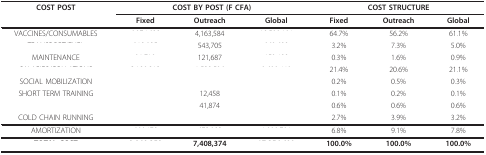
<table><thead><tr><td><b>COST POST</b></td><td colspan="3"><b>COST BY POST (F CFA)</b></td><td colspan="3"><b>COST STRUCTURE</b></td></tr><tr><td>[EMPTY_CELL]</td><td><b>Fixed</b></td><td><b>Outreach</b></td><td><b>Global</b></td><td><b>Fixed</b></td><td><b>Outreach</b></td><td><b>Global</b></td></tr></thead><tbody><tr><td>VACCINES/CONSUMABLES</td><td>[EMPTY_CELL]</td><td>4,163,584</td><td>[EMPTY_CELL]</td><td>64.7%</td><td>56.2%</td><td>61.1%</td></tr><tr><td>[EMPTY_CELL]</td><td>[EMPTY_CELL]</td><td>543,705</td><td>[EMPTY_CELL]</td><td>3.2%</td><td>7.3%</td><td>5.0%</td></tr><tr><td>MAINTENANCE</td><td>[EMPTY_CELL]</td><td>121,687</td><td>[EMPTY_CELL]</td><td>0.3%</td><td>1.6%</td><td>0.9%</td></tr><tr><td>[EMPTY_CELL]</td><td>[EMPTY_CELL]</td><td>[EMPTY_CELL]</td><td>[EMPTY_CELL]</td><td>21.4%</td><td>20.6%</td><td>21.1%</td></tr><tr><td>SOCIAL MOBILIZATION</td><td>[EMPTY_CELL]</td><td>[EMPTY_CELL]</td><td>[EMPTY_CELL]</td><td>0.2%</td><td>0.5%</td><td>0.3%</td></tr><tr><td>SHORT TERM TRAINING</td><td>[EMPTY_CELL]</td><td>12,458</td><td>[EMPTY_CELL]</td><td>0.1%</td><td>0.2%</td><td>0.1%</td></tr><tr><td>[EMPTY_CELL]</td><td>[EMPTY_CELL]</td><td>41,874</td><td>[EMPTY_CELL]</td><td>0.6%</td><td>0.6%</td><td>0.6%</td></tr><tr><td>COLD CHAIN RUNNING</td><td>[EMPTY_CELL]</td><td>[EMPTY_CELL]</td><td>[EMPTY_CELL]</td><td>2.7%</td><td>3.9%</td><td>3.2%</td></tr><tr><td>AMORTIZATION</td><td>[EMPTY_CELL]</td><td>[EMPTY_CELL]</td><td>[EMPTY_CELL]</td><td>6.8%</td><td>9.1%</td><td>7.8%</td></tr><tr><td>[EMPTY_CELL]</td><td>[EMPTY_CELL]</td><td><b>7,408,374</b></td><td>[EMPTY_CELL]</td><td><b>100.0%</b></td><td><b>100.0%</b></td><td><b>100.0%</b></td></tr></tbody></table>